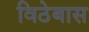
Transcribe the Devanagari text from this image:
विठेबास